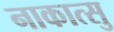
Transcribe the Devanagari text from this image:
नाकात्सु